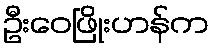
ဦးဝေဖြိုးဟန်က